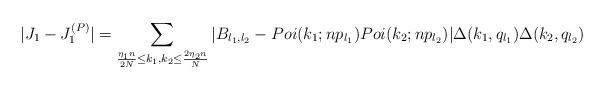
LaTeX: \begin{align*}|J_1-J^{(P)}_1| = \sum_{\frac{\eta_1 n}{2N} \leq k_1,k_2 \leq \frac{2\eta_2 n}{N}} |B_{l_1,l_2} - Poi(k_1;np_{l_1}) Poi(k_2;np_{l_2})| \Delta(k_1,q_{l_1}) \Delta(k_2,q_{l_2})\end{align*}